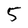
Character: 5